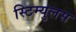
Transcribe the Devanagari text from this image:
स्टिम्युलस